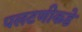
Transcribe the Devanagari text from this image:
पलटणीकडे